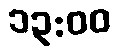
၁၃:၀၀